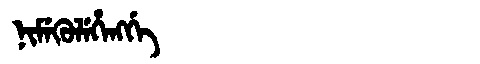
Manchu: ᠨᡳᠮᡝᡴᡠᠯᡝᡥᡝᠩᡤᡝ
Romanization: NIMEKULEHENGGE